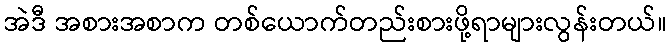
အဲဒီ အစားအစာက တစ်ယောက်တည်းစားဖို့ရာများလွန်းတယ်။